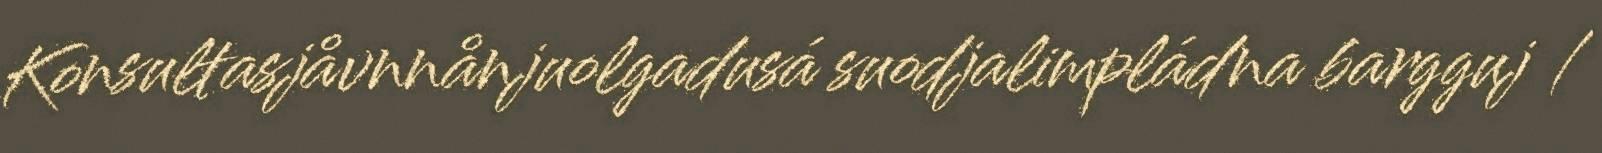
Konsultasjåvnnånjuolgadusá suodjalimpládna bargguj /